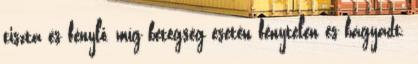
tiszta és fénylő, míg betegség esetén fénytelen és bágyadt.